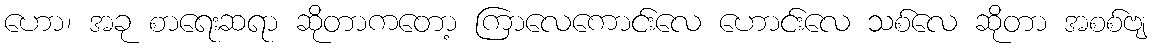
ဟော၊ အခု စာရေးဆရာ ဆိုတာကတော့ ကြာလေကောင်းလေ ဟောင်းလေ သစ်လေ ဆိုတာ အစစ်ဗျ